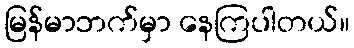
မြန်မာဘက်မှာ နေကြပါတယ်။